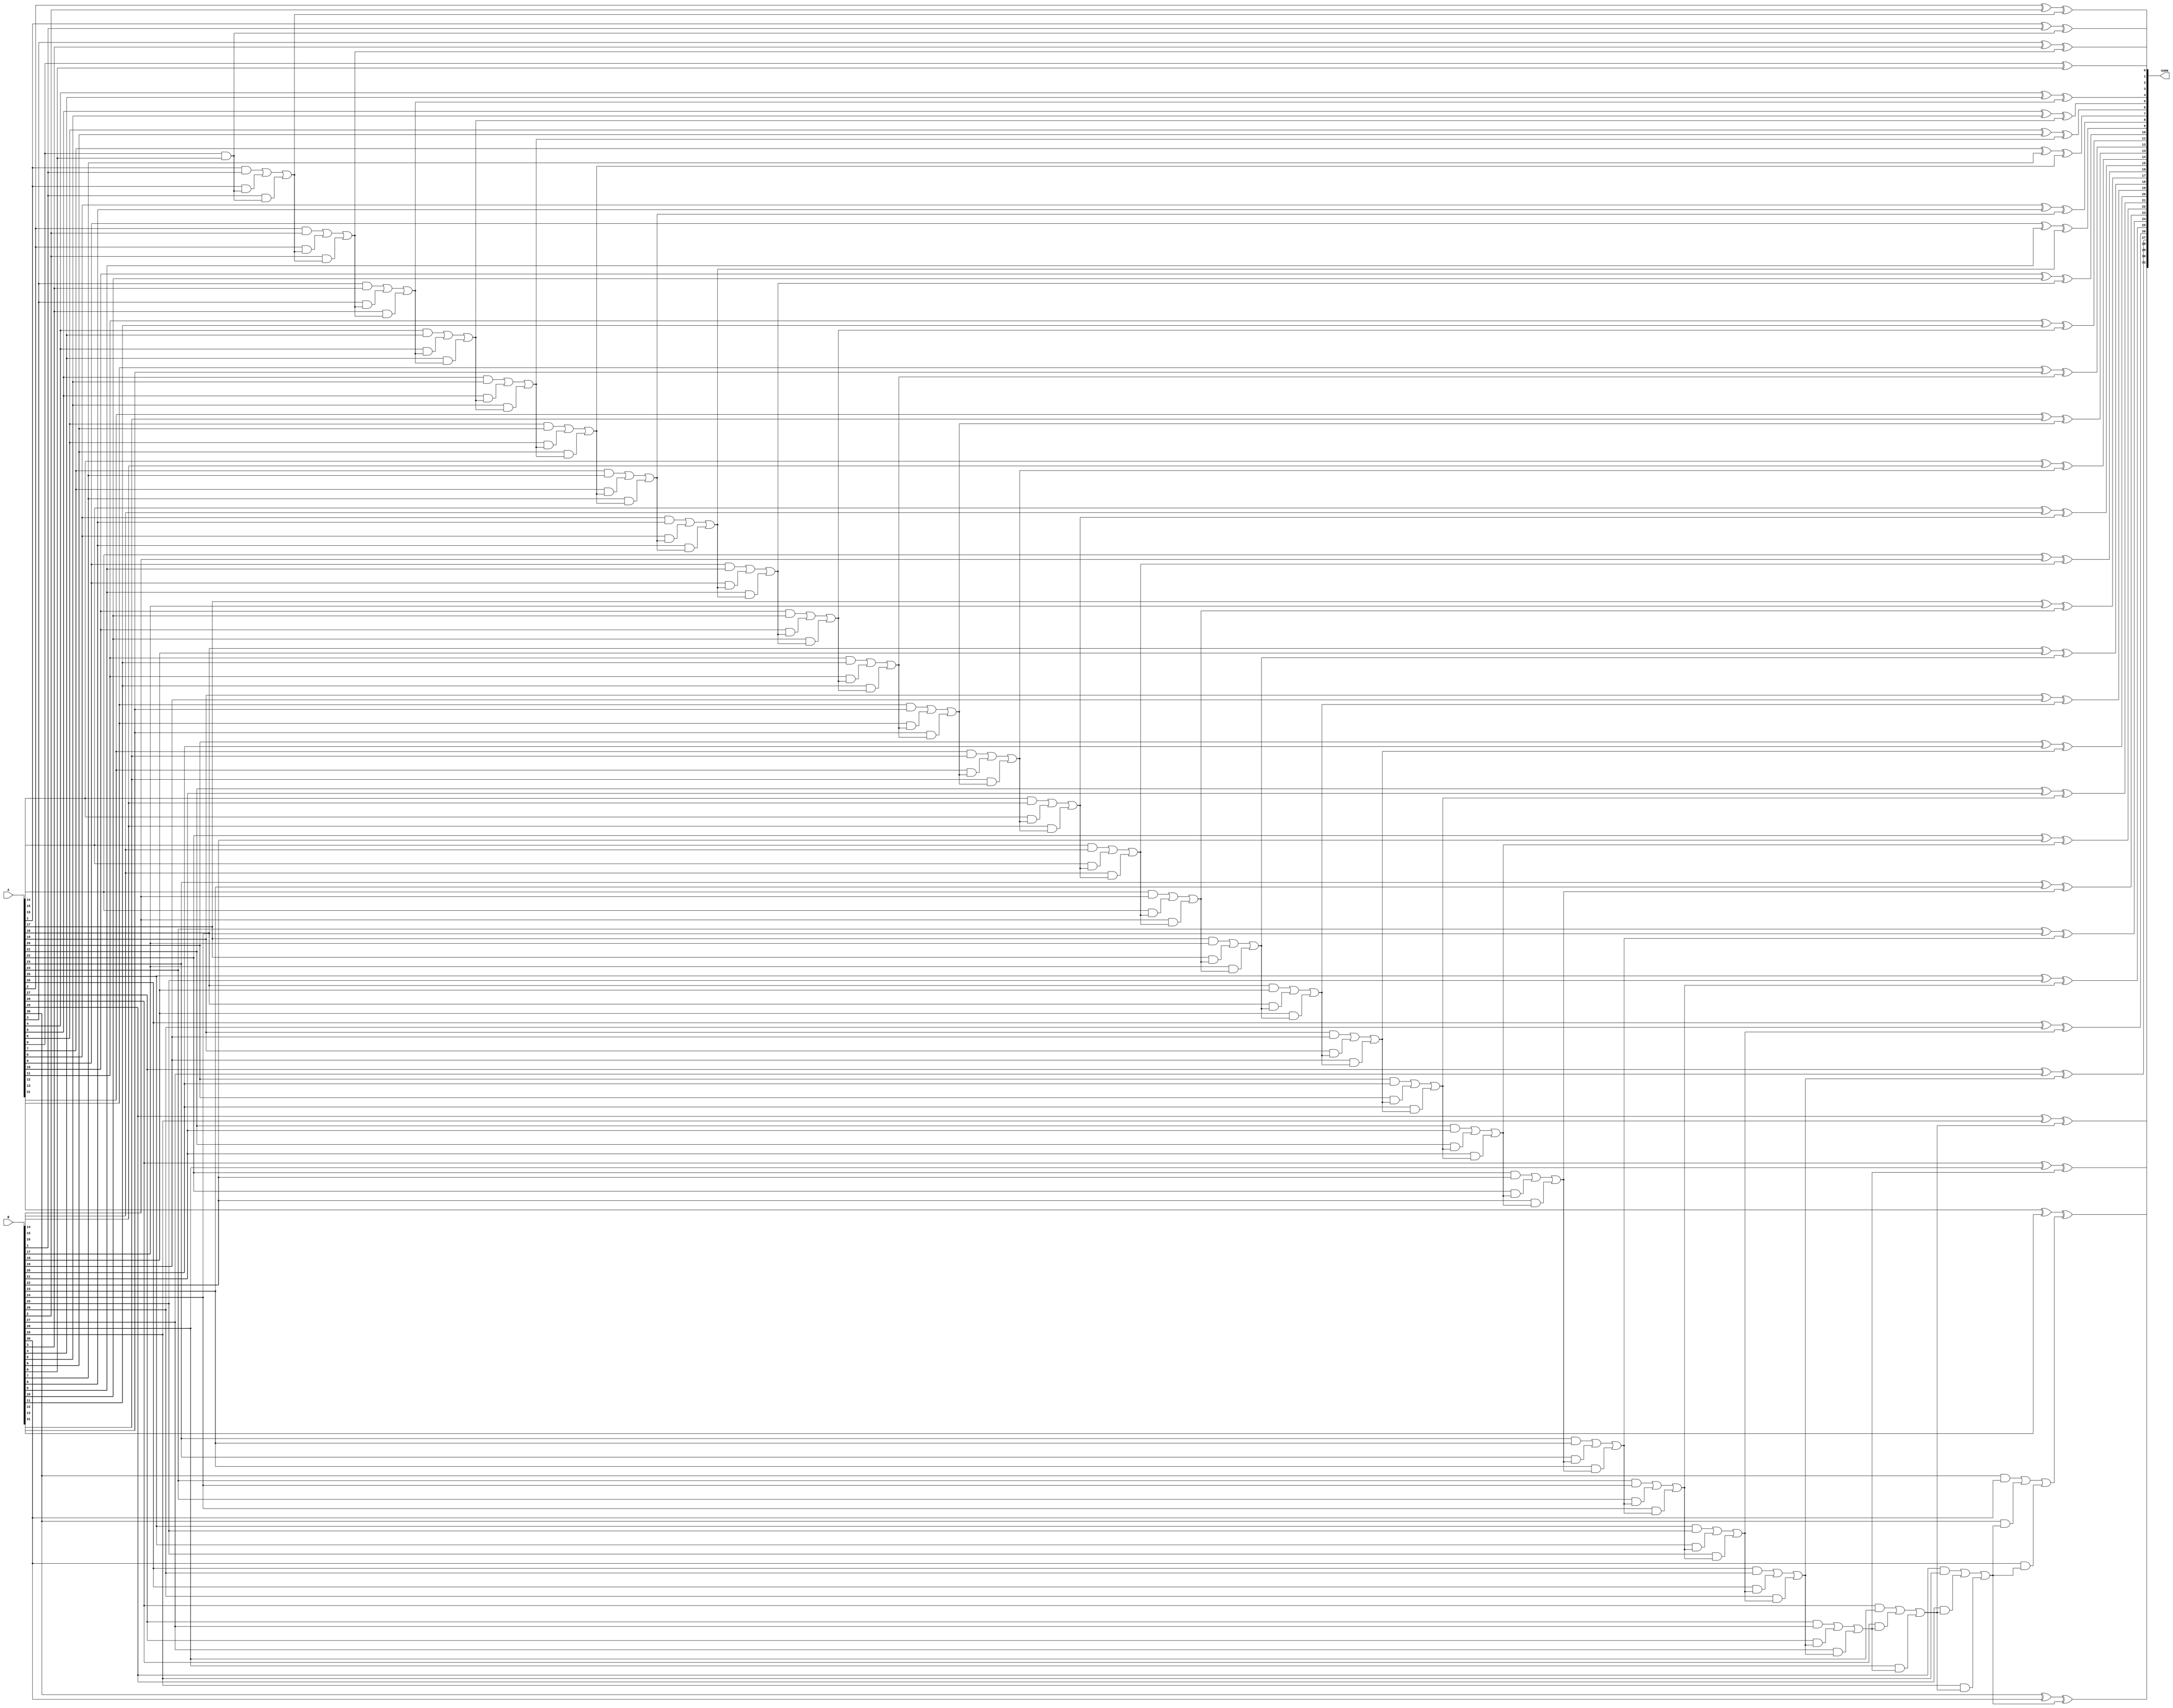
module sumator(
    input [31:0] A,
    input [31:0] B,
    output [31:0] suma
);

reg transport;
reg [31:0] rez;
integer i;

always @(*) begin
    transport = 0;
    for(i = 0; i < 32; i = i + 1) begin
        rez[i] = A[i] ^ B[i] ^ transport;
        transport = (A[i] & B[i]) | (A[i] & transport) | (B[i] & transport);
    end
end 

assign suma = rez;

endmodule